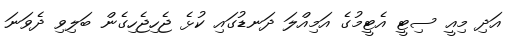
އަދި މިއީ ސިޓީ އެޓީމުގެ އަމިއްލަ ދަނޑުގައި ކުޅެ ޖެހިޖެހިގެން ބަލިވި ދެވަނަ